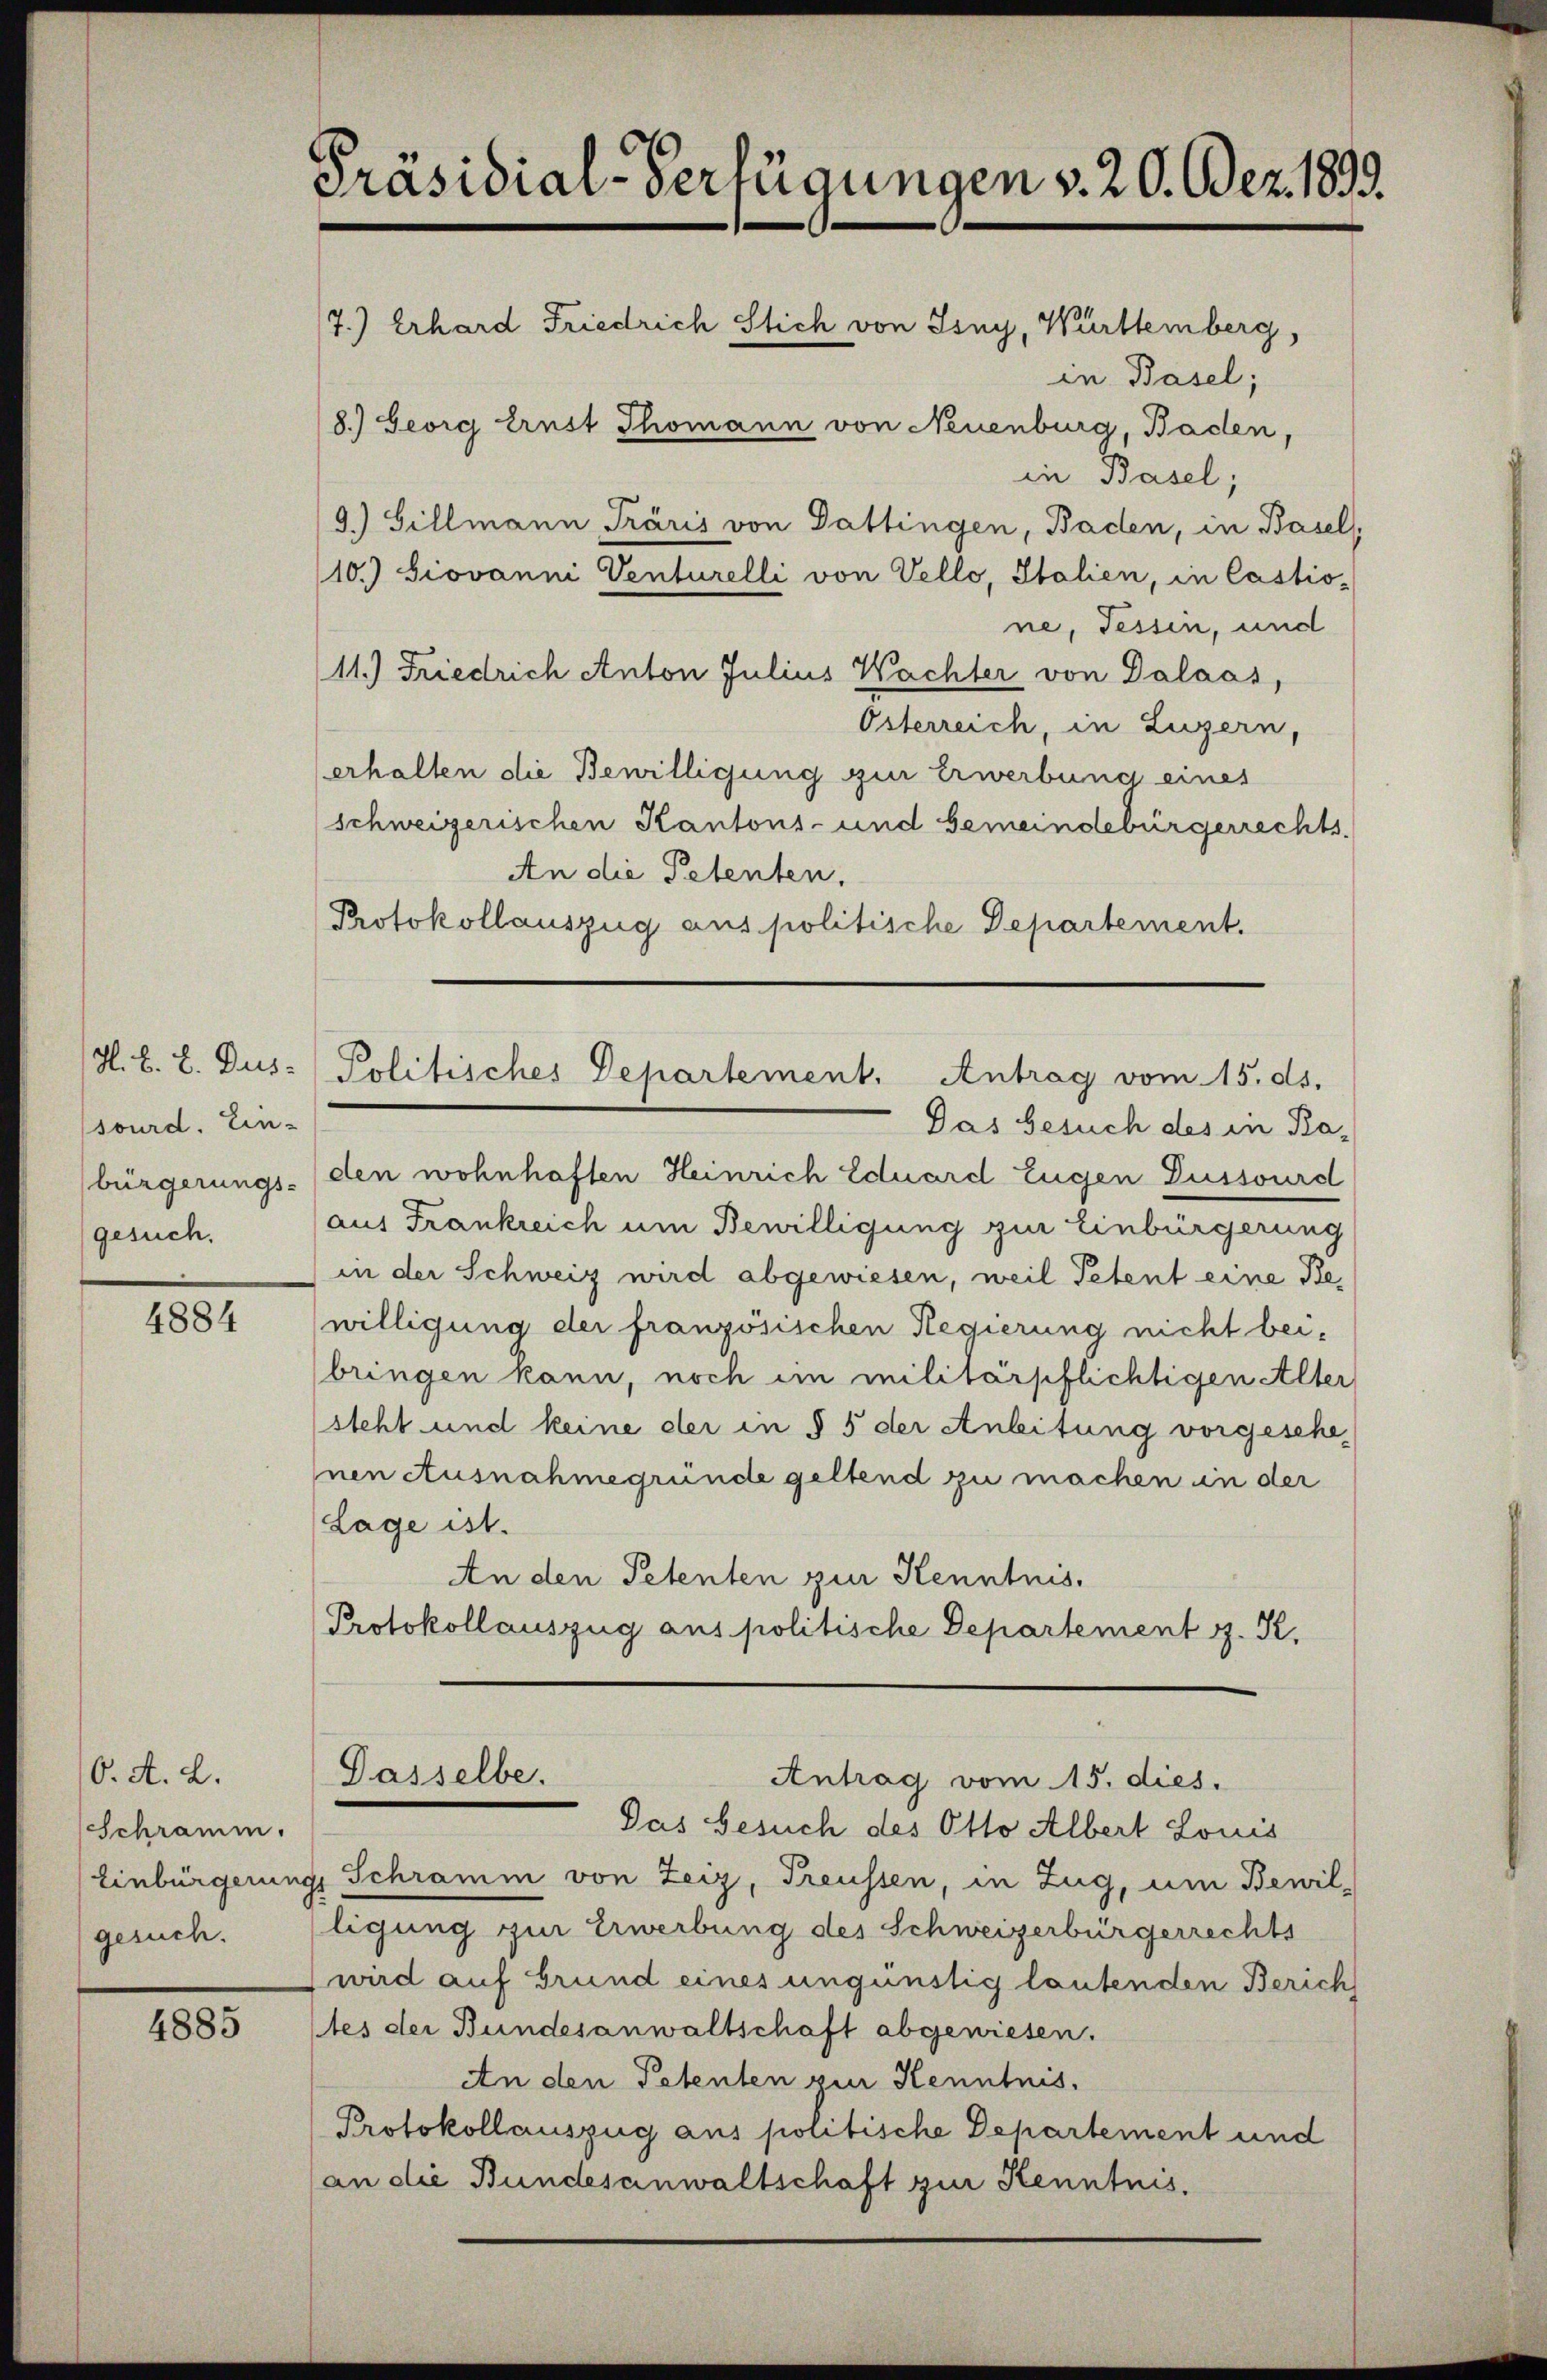
H. B. L. Dus.
sourd. Ein-
bürgerungs-
gesuch.

4884

6. A. L.
(Schramm.
Einbürgerung
gesuch.

4885

Präsidial-Verfügungen v. 20. Dez. 1893.
7.) Erhard Friedrich Stich von Isny, Württemberg,
in Basel;
/8.) Georg Ernst Thomann von Neuenburg, Baden,
in Basel;
9.) Gillmann Träris von Gattingen, Baden, in Basel

10.) Giovanni Venturelli von Vello, Italien, in Castio-
ne, Fessen, und
11.) Friedrich Anton Julius Wachter von Dalaas,
Österreich, in Luzern,
erhalten die Bewilligung zur Erwerbung eines
schweizerischen Kantons- und Gemeindebürgerrechts.
An die Petenten,
Protokollauszug aus politische Departement.
Politisches Departement. Antrag vom 15. ds.
Das Gesuch des in Baden wohnhaften Heinrich Eduard Eugen Dussourd
(aus Frankreich um Bewilligung zur Einbürgerung
in der Schweiz wird abgewiesen, weil Petent eine Bewilligung der französischen Regierung nicht beibringen kann, noch im militärpflichtigen Alter
steht und keine der in § 5 der Anleitung vorgesehe,
nen Ausnahmegründe geltend zu machen in der
Lage ist.
An den Petenten zur Kenntnis.
Protokollauszug aus politische Departement z. R.

Dasselbe.
Antrag vom 15. dies.

Pas besuch des Otto Albert Louis
g. Schramm von Zeiz, Treussen, in Zug, um Bewil-
ligung zur Erwerbung des Schweizerbürgerrechts
wird auf Grund eines ungünstig lautenden Zürich
tes der Bundesanwaltschaft abgewiesen.
An den Petenten zur Kenntnis.
Protokollauszug aus politische Departement und
(an die Bundesanwaltschaft zur Kenntnis.